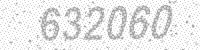
Solution: 632060